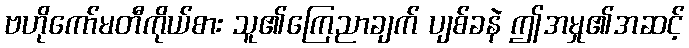
ဗဟိုကော်မတီကိုယ်စား သူ၏ကြေညာချက် ပျစ်ခနဲ ဤအမှု၏အဆင့်